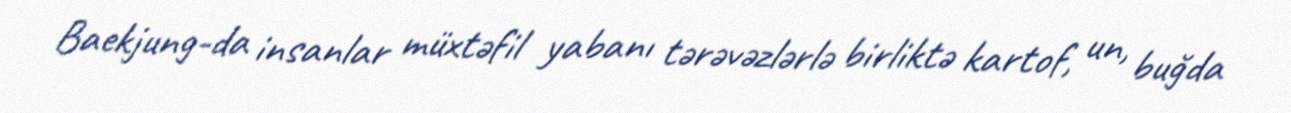
Baekjung-da insanlar müxtəfil yabanı tərəvəzlərlə birliktə kartof, un, buğda